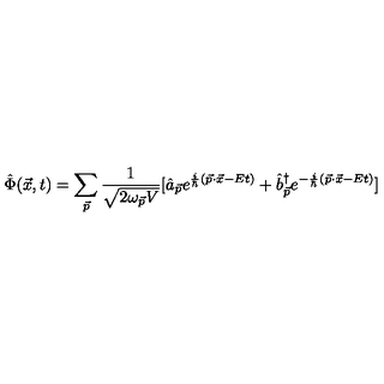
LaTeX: \hat { \Phi } ( \vec { x } , t ) = \sum _ { \vec { p } } \frac { 1 } { \sqrt { 2 \omega _ { \vec { p } } V } } [ \hat { a } _ { \vec { p } } e ^ { \frac { i } { \hbar } ( \vec { p } \cdot \vec { x } - E t ) } + { \hat { b } } _ { \vec { p } } ^ { \dag } e ^ { - \frac { i } { \hbar } ( \vec { p } \cdot \vec { x } - E t ) } ]